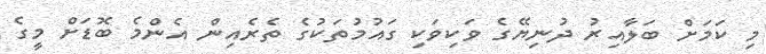
މި ކަމަށް ބަލާއިރު ދުނިޔޭގެ ވަކިވަކި ގައުމުތަކުގެ ތެރެއިން އެންމެ ބޮޑަށް މީގެ